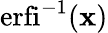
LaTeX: \operatorname{erfi}^{-1}(\mathbf{x})